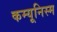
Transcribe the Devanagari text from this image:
कम्यूनिस्म